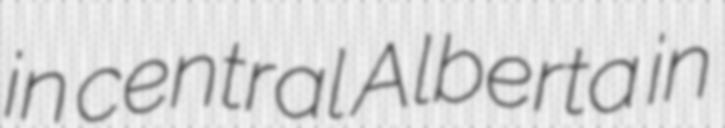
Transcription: in central Alberta in